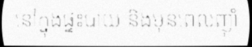
នៅក្នុងផ្ទះបាយ និងមុនពេលញ៉ាំ